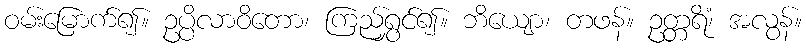
ဝမ်းမြောက်၍။ ဥပ္ပိလာဝိတော၊ ကြည်ရွှင်၍။ ဘိယျော၊ တဖန်။ ဥတ္တရိံ၊ အလွန်။